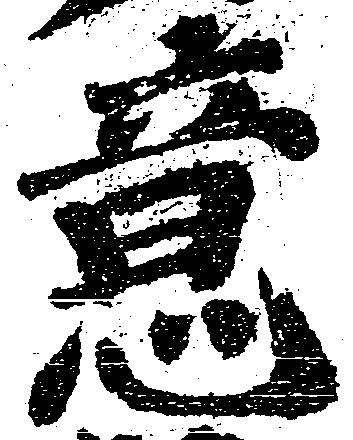
意